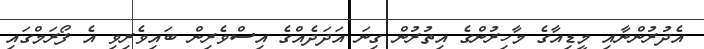
އެދުރުންނާއި މީޑިއާގެ މާހިރުންގެ އިތުރުން ގިނަ އަދަދެއްގެ އިސްވެރިން ބައިވެރިވި އެ ފޯރަމްގައި